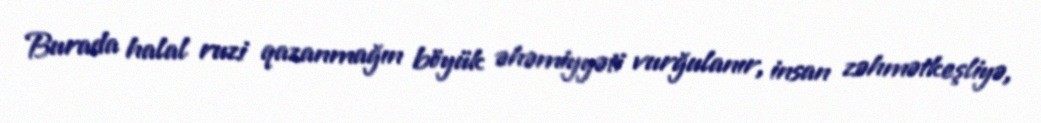
Burada halal ruzi qazanmağın böyük əhəmiyyəti vurğulanır, insan zəhmətkeşliyə,